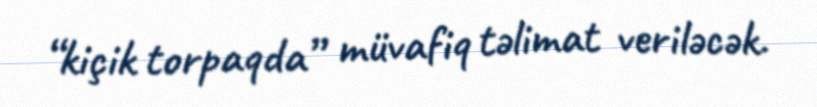
“kiçik torpaqda” müvafiq təlimat veriləcək.